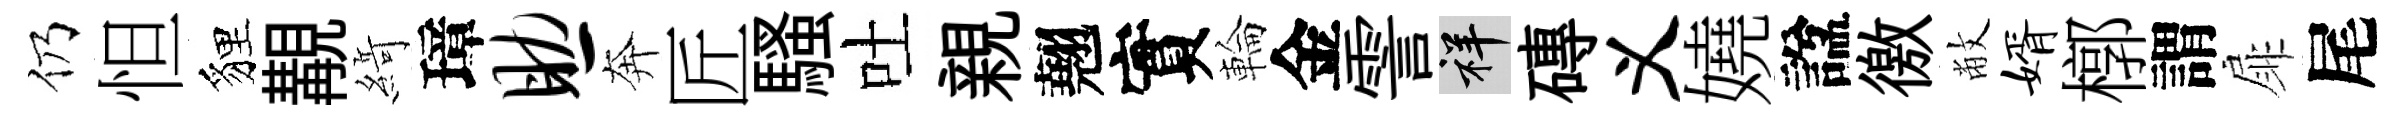
仍怛貍覯𦂶璋助奔匠騷吐親翹實輪金霅祥磚义嬈諡徼敝婿槨謂扉尾